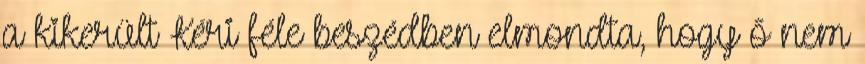
a kikerült Kéri féle beszédben elmondta, hogy ő nem